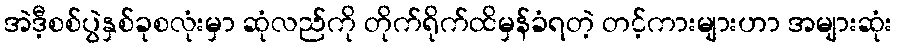
အဲဒီ့စစ်ပွဲနှစ်ခုစလုံးမှာ ဆုံလည်ကို တိုက်ရိုက်ထိမှန်ခံရတဲ့ တင့်ကားများဟာ အများဆုံး